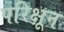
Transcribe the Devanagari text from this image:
परिक्षून